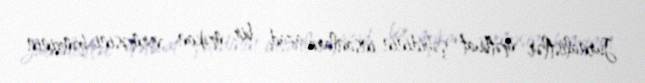
Jurnalistlər mətbuat şəhidinin insanlara azad bir məkan verməsini, həmçinin